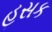
હસક